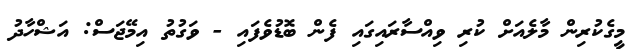
މީގެކުރިން މާލެއަށް ކުރި ވިއްސާރައިގައި ފެން ބޮޑުވެފައި - ވަގުތު އިމޭޖަސް: އަޝްހާދު